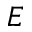
E